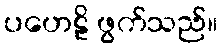
ပဟေဠိ ဖွက်သည်။